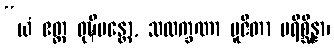
“ယံ ဧတ္ထ ဝုဍ္ဎိမန္တော, သလက္ခဏာ ပူဇိတာ ပရိစ္ဆိန္နာ၊